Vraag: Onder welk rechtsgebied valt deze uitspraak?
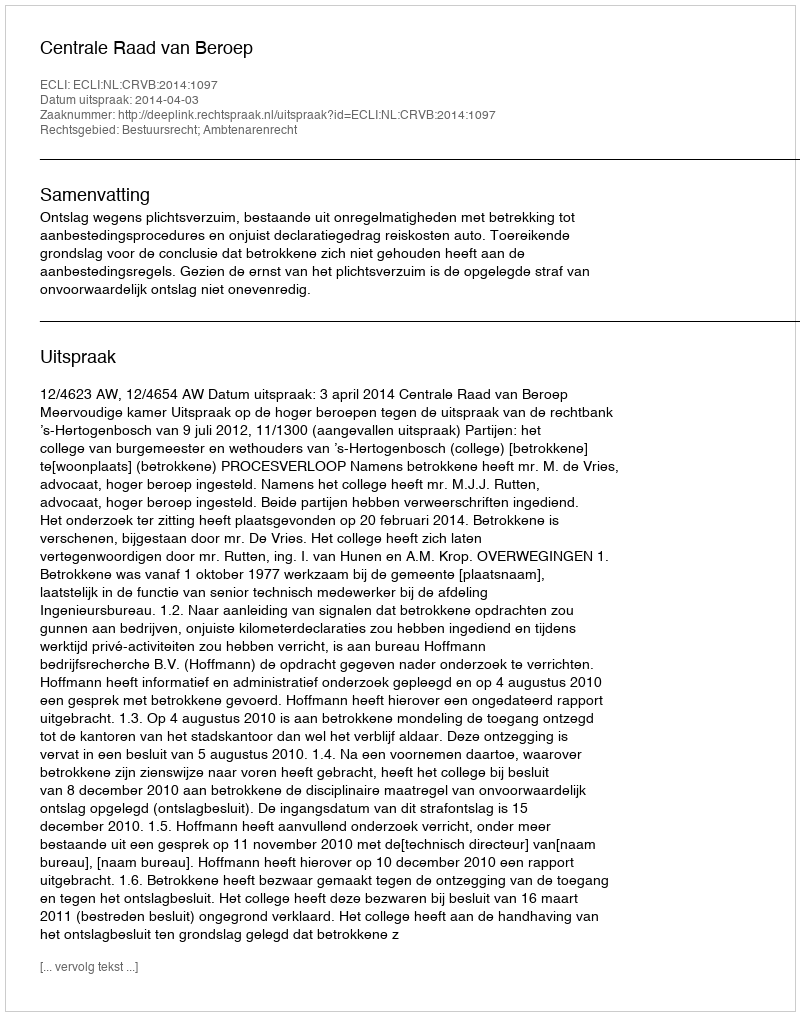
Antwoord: Bestuursrecht; Ambtenarenrecht